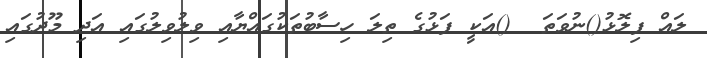
ލައް ފިލޮޅު()ނުވަތަ  ()އަކީ ފަޅުގެ ތިލަ ހިސާބުތަކުގައްޔާއި ވިލުވިލުގައި އަދި މޫދުގައި